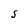
Character: s